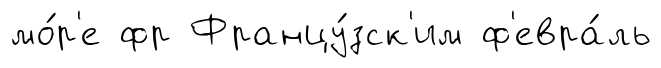
мо́р'е фр Францу́зск'им ф'евра́ль